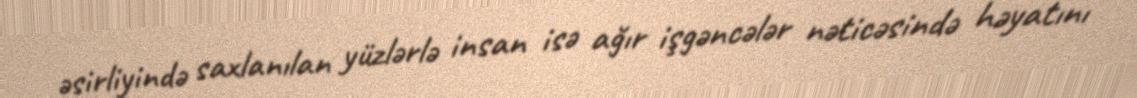
əsirliyində saxlanılan yüzlərlə insan isə ağır işgəncələr nəticəsində həyatını